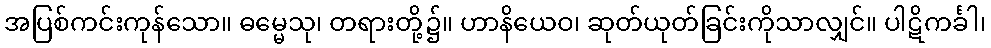
အပြစ်ကင်းကုန်သော။ ဓမ္မေသု၊ တရားတို့၌။ ဟာနိယေဝ၊ ဆုတ်ယုတ်ခြင်းကိုသာလျှင်။ ပါဋိကင်္ခါ၊